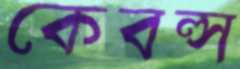
কেবল্স